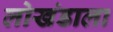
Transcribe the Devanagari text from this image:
लोखंडाला